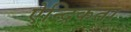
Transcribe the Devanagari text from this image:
ऐन्द्रिकता